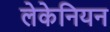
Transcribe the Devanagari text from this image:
लेकेनियन